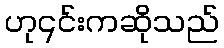
ဟု၎င်းကဆိုသည်